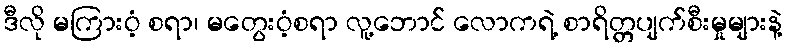
ဒီလို မကြားဝံ့ စရာ၊ မတွေးဝံ့စရာ လူ့ဘောင် လောကရဲ့ စာရိတ္တပျက်စီးမှုများနဲ့